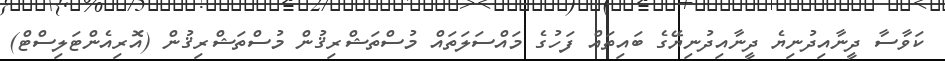
ކަވާސާ ދީނާއިދުނިޔެ ދީނާއިދުނިޔޭގެ ބައިތައް ފަހުގެ މައްސަލަތައް މުސްތަޝްރިޤުން މުސްތަޝްރިޤުން (އޮރިއެންޓަލިސްޓް)